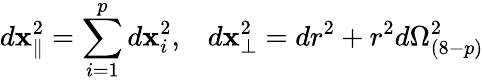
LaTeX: d\mathbf{x}_{\parallel}^{2}=\sum_{i=1}^{p}d\mathbf{x}_{i}^{2},\; \; \; d\mathbf{x}_{\perp}^{2}=dr^{2}+r^{2}d\Omega_{(8-p)}^{2}